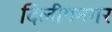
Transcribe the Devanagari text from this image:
दिलीपनगर